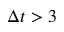
\Delta t > 3